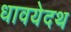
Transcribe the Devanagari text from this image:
धावयेदथ